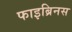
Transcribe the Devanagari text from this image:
फाइब्रिनस